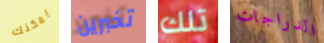
يمكنك تخبرين تلك الدراجات